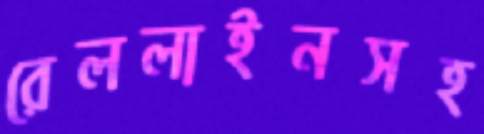
রেললাইনসহ